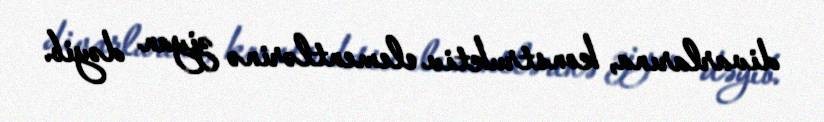
divarlarına, konstruktiv elementlərinə ziyan dəyib.